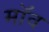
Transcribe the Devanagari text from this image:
मॉव